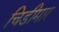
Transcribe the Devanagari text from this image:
चिडीमार